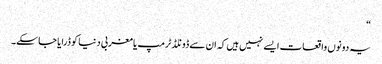
“
یہ دونوں واقعات ایسے نہیں ہیں کہ ان سے ڈونلڈ ٹرمپ یا مغربی دنیا کو ڈرایا جا سکے۔